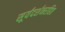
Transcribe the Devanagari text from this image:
सूर्यदर्शनरहित